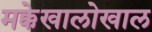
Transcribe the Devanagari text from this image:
मक्केखालोखाल